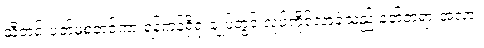
သီတင်းပတ်မှစတင်ကာ ရန်ကုန်ရှိရုံးချုပ်တွင် လုပ်ကိုင်လာခဲ့သည့် နတ်ဘုရားအလား